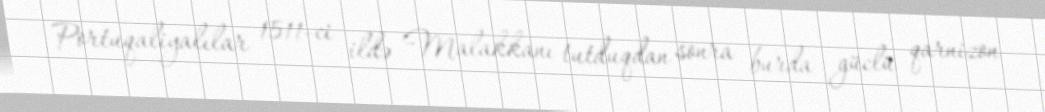
Portuqaliyalılar 1511-ci ildə Malakkanı tutduqdan sonra burda güclü qarnizon